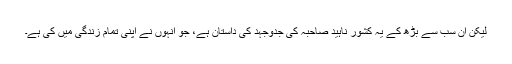
لیکن ان سب سے بڑھ کے یہ کشور ناہید صاحبہ کی جدوجہد کی داستان ہے، جو انہوں نے اپنی تمام زندگی میں کی ہے۔